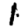
Digit: 1